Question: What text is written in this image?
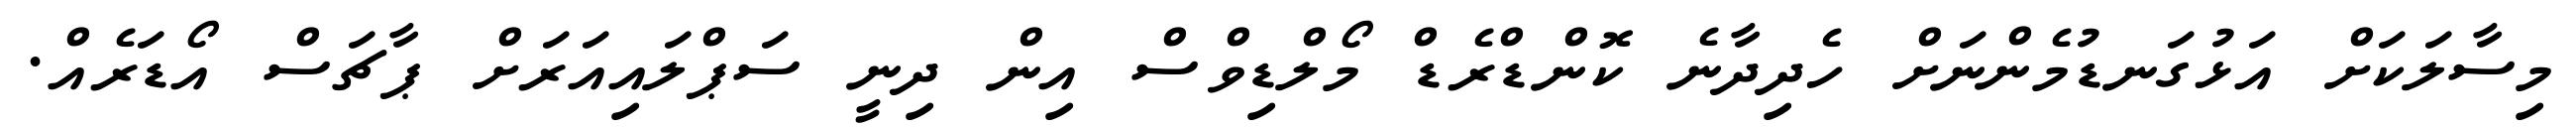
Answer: މިސާލަކަށް އަޅުގަނޑުމެންނަށް ހެދިދާނެ ކޮންޑްރެޑް މޯލްޑިވްސް އިން ދިނީ ސަޕްލައިއަރަށް ޕާޗަސް އޯޑަރެއް.